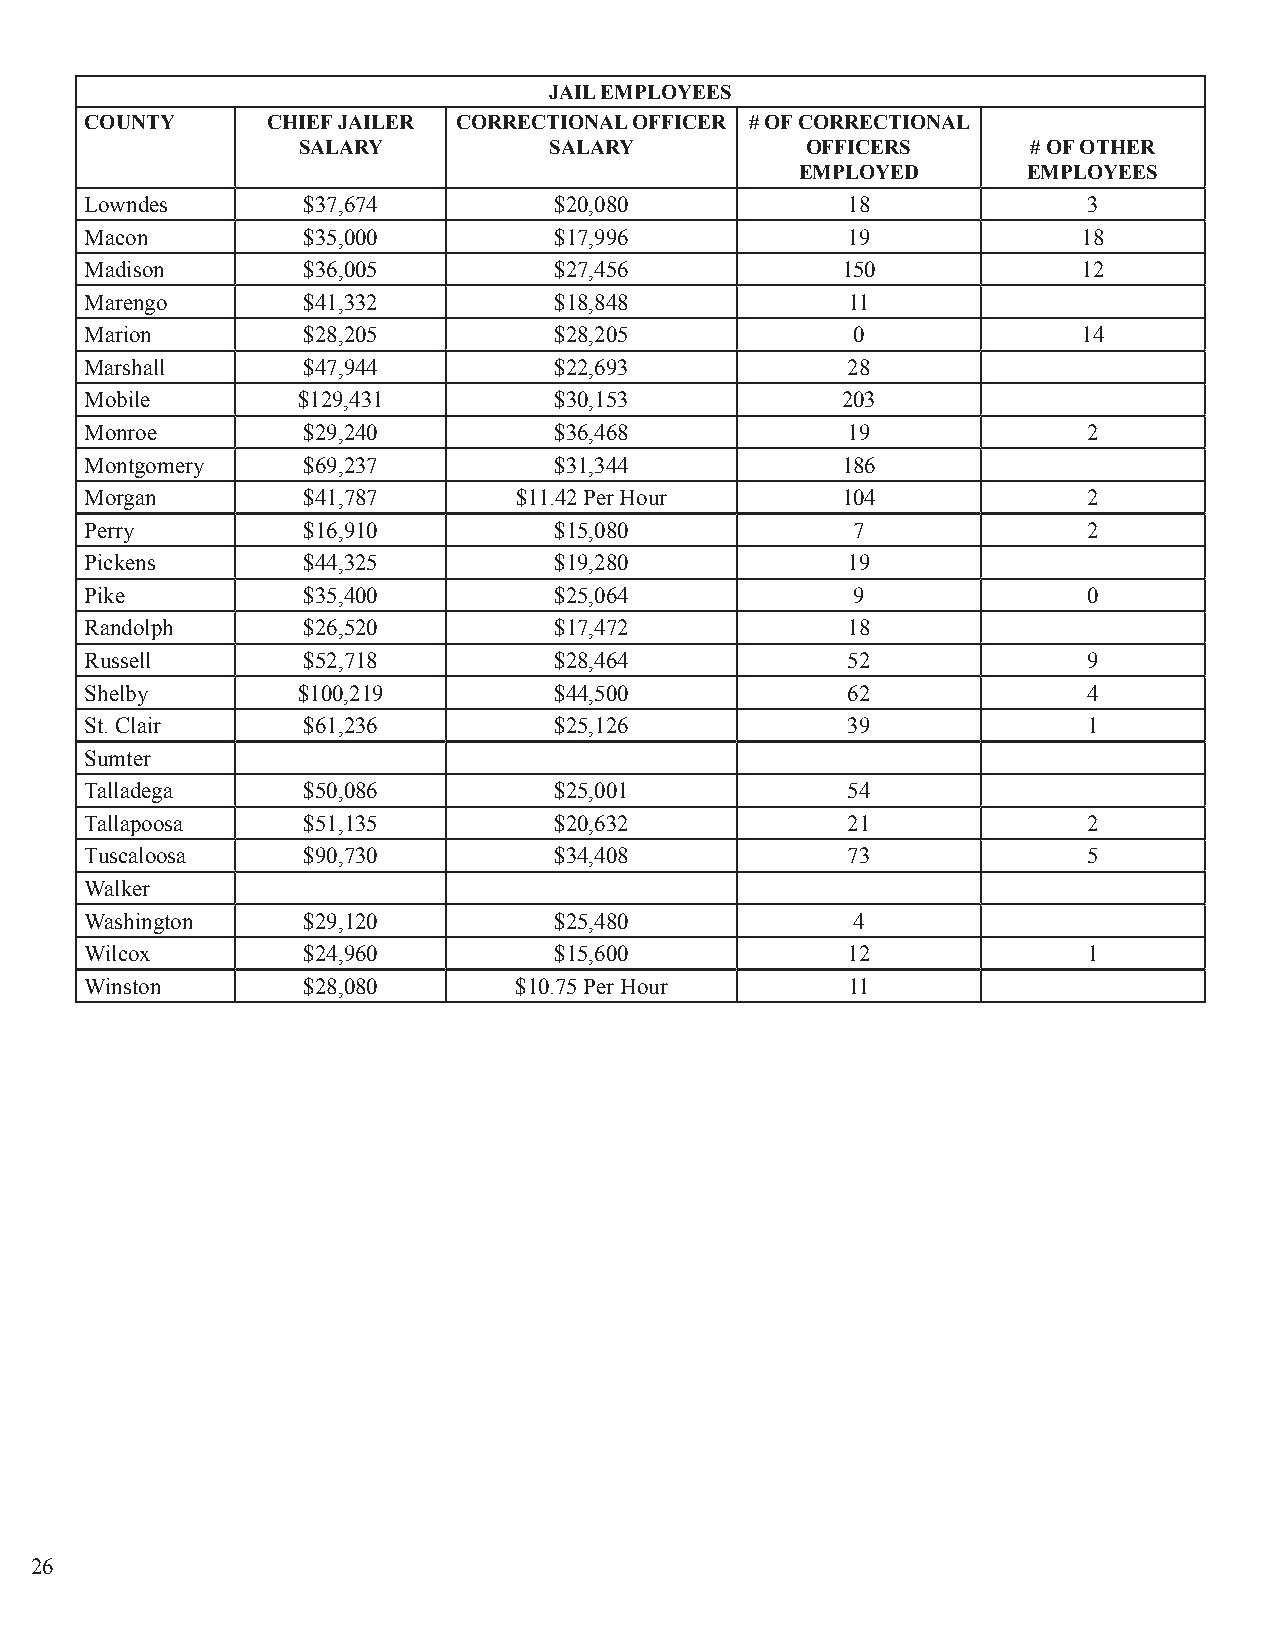
JAIL EMPLOYEES
 COUNTY      CHIEF JAILER CORRECTIONAL OFFICER # OF CORRECTIONAL
 SALARY          SALARY           OFFICERS       # OF OTHER
 EMPLOYED       EMPLOYEES
 Lowndes       $37,674          $20,080            18              3
 Macon         $35,000          $17,996            19              18
 Madison       $36,005          $27,456            150             12
 Marengo       $41,332          $18,848            11
 Marion        $28,205          $28,205            0               14
 Marshall      $47,944          $22,693            28
 Mobile        $129,431         $30,153            203
 Monroe        $29,240          $36,468            19              2
 Montgomery    $69,237          $31,344            186
 Morgan        $41,787       $11.42 Per Hour       104             2
 Perry         $16,910          $15,080            7               2
 Pickens       $44,325          $19,280            19
 Pike          $35,400          $25,064            9               0
 Randolph      $26,520          $17,472            18
 Russell       $52,718          $28,464            52              9
 Shelby        $100,219         $44,500            62              4
 St. Clair     $61,236          $25,126            39              1
 Sumter
 Talladega     $50,086          $25,001            54
 Tallapoosa    $51,135          $20,632            21              2
 Tuscaloosa    $90,730          $34,408            73              5
 Walker
 Washington    $29,120          $25,480            4
 Wilcox        $24,960          $15,600            12              1
 Winston       $28,080       $10.75 Per Hour       11
 26